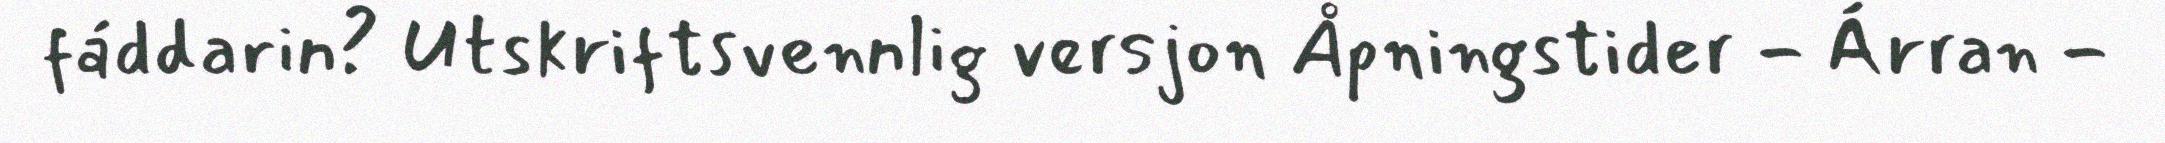
fáddarin? Utskriftsvennlig versjon Åpningstider - Árran -